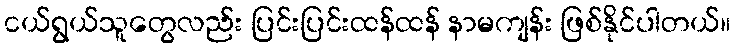
ငယ်ရွယ်သူတွေလည်း ပြင်းပြင်းထန်ထန် နာမကျန်း ဖြစ်နိုင်ပါတယ်။